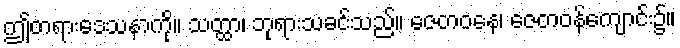
ဤတရားဒေသနာကို။ သတ္ထာ၊ ဘုရားသခင်သည်။ ဇေတဝနေ၊ ဇေတဝန်ကျောင်း၌။